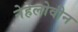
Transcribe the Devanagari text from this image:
नेहेलोवीन